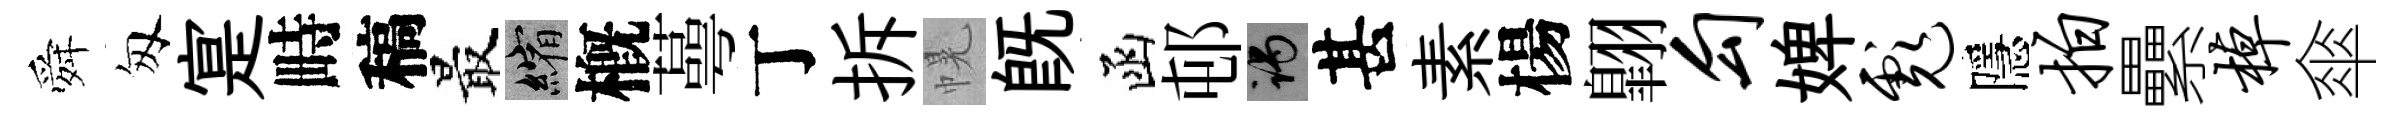
舜匆寔畤稿最縮槪蕚丁拆幌旣函邨谒甚素楊翺勾婢彪隱拍纍棹傘